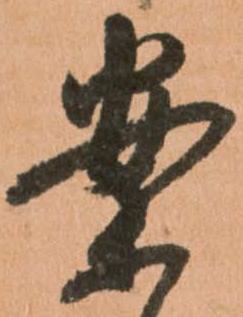
案